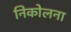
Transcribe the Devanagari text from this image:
निकोलना